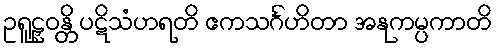
ဥရူဠှဝန္တိ ပဋိသံဟရတိ ဧကသင်္ဂဟိတာ အနုကမ္ပကာတိ